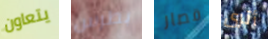
يتعاون بطرس قصار أترى